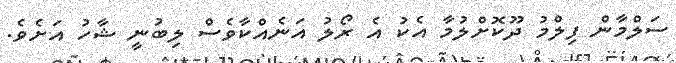
ސަލްމާން ފިލްމު ދޫކޮށްލުމާ އެކު އެ ރޯލު އަނެއްކާވެސް ލިބުނީ ޝާހު އަށެވެ.